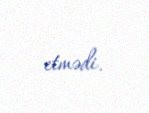
etmədi.